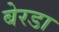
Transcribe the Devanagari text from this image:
बेरडा